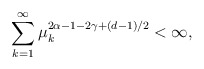
\begin{align*}\sum_{k=1}^{\infty}\mu_k^{2\alpha -1 - 2\gamma + (d-1)/2} < \infty,\end{align*}